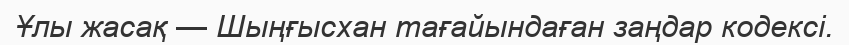
Ұлы жасақ — Шыңғысхан тағайындаған заңдар кодексі.